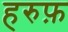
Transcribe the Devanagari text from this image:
हरुफ़